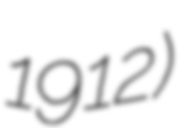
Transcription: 1912)